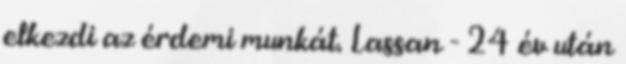
elkezdi az érdemi munkát. Lassan - 24 év után